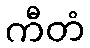
ကီတံ